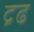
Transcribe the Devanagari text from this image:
द्रढ